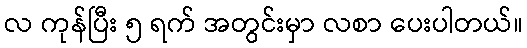
လ ကုန်ပြီး ၅ ရက် အတွင်းမှာ လစာ ပေးပါတယ်။